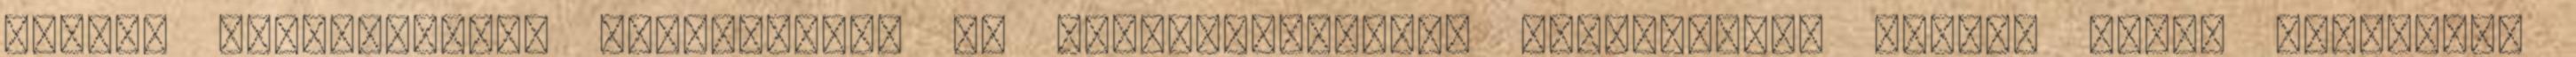
adatok elektronikus tárolásával és feldolgozásával kapcsolatos minden jogot fenntart.